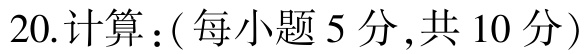
20.计算：(每小题5分,共10分)